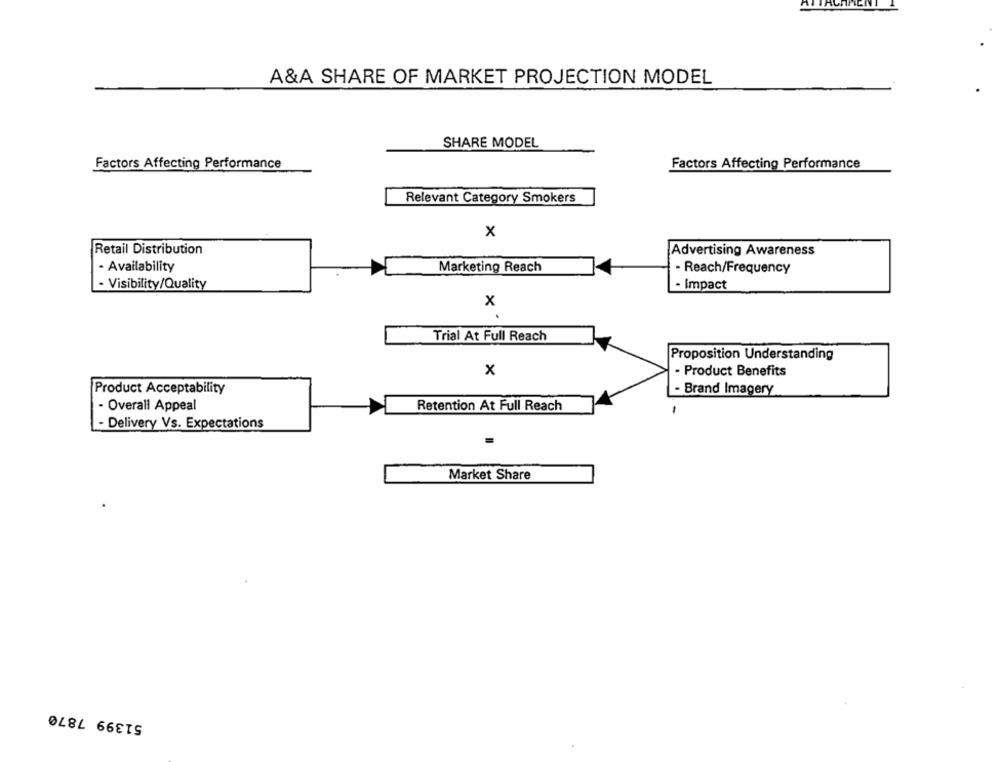
A&A SHARE OF MARKET PROJECTION MODEL
SHARE MODEL
Factors Affecting Performance
Factors Affecting Performance
Relevant Category Smokers
x
Retail Distribution
Advertising Awareness
- Availability
Marketing Reach
- Reach/Frequency
- Visibility/Quality
- Impact
x
Trial At Full Reach
Proposition Understanding
x
· Product Benefits
Product Acceptability
- Brand Imagery
- Overall Appeal
Retention At Full Reach
1
- Delivery Vs. Expectations
Market Share
51399 7870